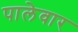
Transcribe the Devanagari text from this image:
पालेवार